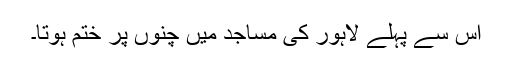
اس سے پہلے لاہور کی مساجد میں چنوں پر ختم ہوتا۔